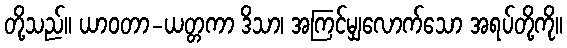
တို့သည်။ ယာဝတာ-ယတ္တကာ ဒိသာ၊ အကြင်မျှလောက်သော အရပ်တို့ကို။